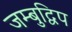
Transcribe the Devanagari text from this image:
जम्बुद्विप